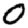
Digit: 0